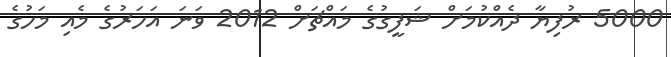
5000 ރުފިޔާ ދެއްކުމަށް ޝަފީގުގެ މައްޗަށް 2012 ވަނަ އަހަރުގެ މެއި މަހުގެ